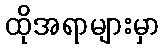
ထိုအရာများမှာ